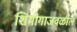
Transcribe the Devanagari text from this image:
शिमोगाजवळील